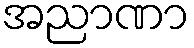
အညာဏာ